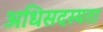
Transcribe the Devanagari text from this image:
अधिसदस्यता